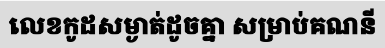
លេខកូដសម្ងាត់ដូចគ្នា សម្រាប់គណនី